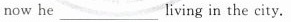
now he ___living in the city.